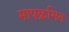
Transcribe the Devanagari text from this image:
मापक्रमित